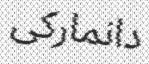
دانماركى